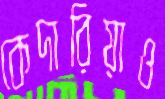
কেদারিয়াও